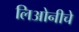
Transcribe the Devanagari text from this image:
लिओनीचे